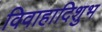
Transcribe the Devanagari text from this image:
विवाहादिशुभ